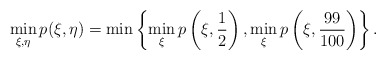
\begin{align*}\min_{\xi, \eta} p(\xi, \eta) = \min\left\{\min_{\xi}p\left(\xi, \frac12\right), \min_{\xi}p\left(\xi, \frac{99}{100}\right)\right\}. \end{align*}